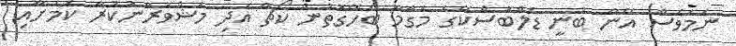
ނަމަވެސް އޭނާ ބުނީ ޑެލްބޮސްކޭގެ މަގާމާ ބެހޭގޮތުން ކޯޗާ އަދި މަޝްވަރާނުކުރާ ކަމަށާއި